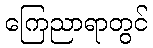
ကြေညာရာတွင်